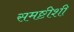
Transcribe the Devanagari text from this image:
समष्टीशी